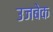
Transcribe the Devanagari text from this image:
उजबेक